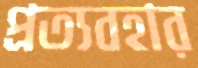
প্রত্যবহার